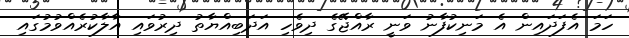
ހަމަ އެފަދައިން އެ މަނިކުފާނު ވަނީ ރާއްޖޭގެ ދިވެހި އަދަބިއްޔާތު ދިރުވައި އާލާކުރެއްވުމުގައި